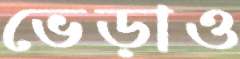
ভেড়াও